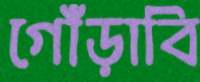
গোঁড়াবি